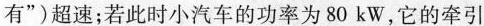
有”)超速；若此时小汽车的功率为80kW，它的牵引